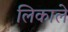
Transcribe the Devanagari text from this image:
लिकाले